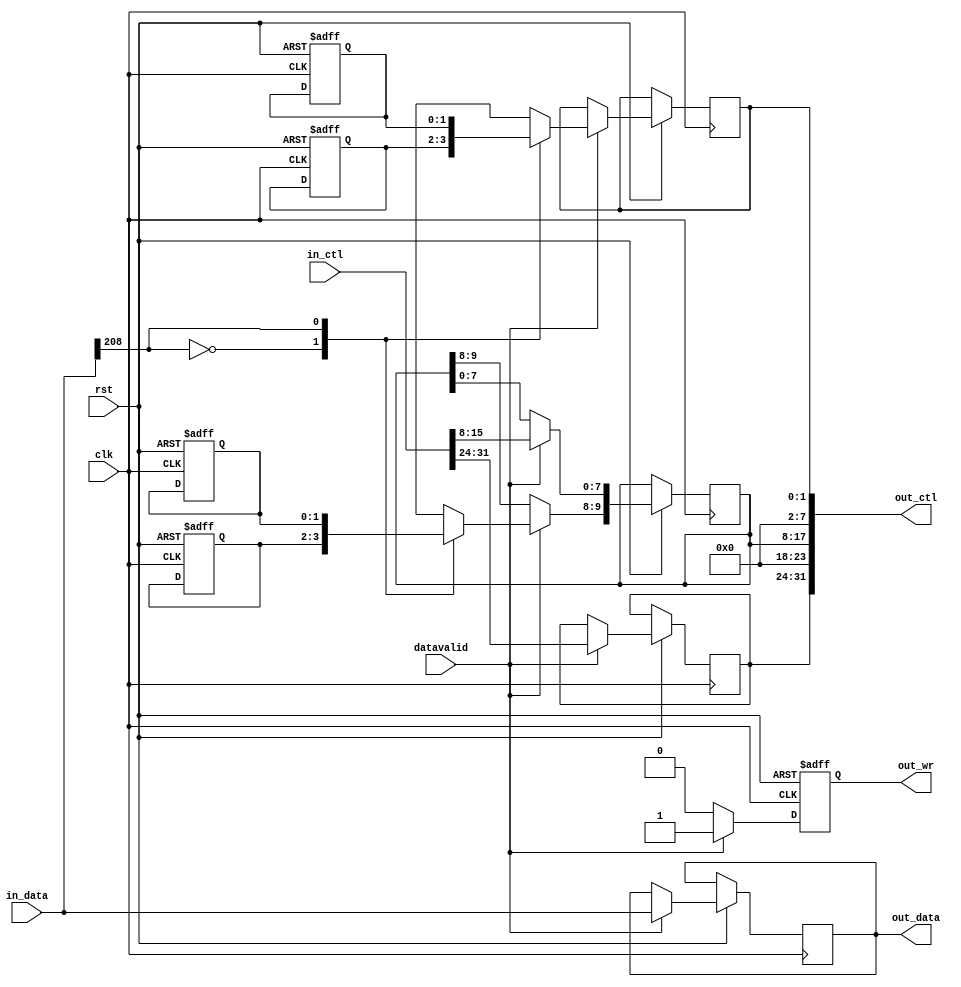
`timescale 1ns / 1ps
`define NULL 0

// Coder:	joe
// Description:
//	lookupactionctl
//  
//   
//
//  
//

module lookup
	#(
		parameter DATA_WIDTH = 480,
		parameter CTRL_WIDTH=32,
		parameter STAGE_NUMBER = 2,
		parameter NUM_QUEUES = 8
	) (
		input clk,
		input rst,
		input datavalid,
		input [CTRL_WIDTH-1:0] in_ctl,
		input [DATA_WIDTH-1:0] in_data,
		output reg out_wr=0,
		output reg [CTRL_WIDTH-1:0] out_ctl=0,
		output reg [DATA_WIDTH-1:0] out_data=0
	);
	
	reg [1:0] EMtable [0:1];
	//wire [15:0] parseEM;
	wire parseEM;
	wire [1:0] resaltEM;
	
	reg [1:0] next_point_table [0:1];
	wire parseNEXT;
	wire [1:0] resaltNEXT;
	
	
	assign parseEM = in_data[239-32+1];//{in_data[239-2+1],in_data[239-17+1],in_data[239-19+1],in_data[239-25+1]};//2,17,19,25for test; 9 12 13 16 is best
	assign resaltEM = EMtable[parseEM];
	
	assign parseNEXT = in_data[239-32+1];
	assign resaltNEXT = next_point_table[parseNEXT];
	
	//assign resaltEM = 2;

	always @(posedge clk or negedge rst)begin
		if(!rst)begin
			EMtable[0] = 2;
			EMtable[1] = 3;
			next_point_table[0] = 3;
			next_point_table[1] = 2;
			out_wr <= 0;
		end else begin
			if(datavalid)begin
				out_ctl[1:0] <= resaltNEXT;
				out_ctl[15:8] <= in_ctl[15:8];
				out_ctl[17:16] <= resaltEM;
				out_ctl[31:24] <= in_ctl[31:24];
				out_data <= in_data;
				out_wr <= 1;
			end else begin
				out_wr <= 0;
			end
			
		end
		
	end
	
	
endmodule